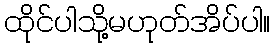
ထိုင်ပါသို့မဟုတ်အိပ်ပါ။